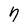
Character: 7